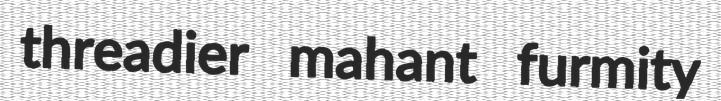
threadier mahant furmity